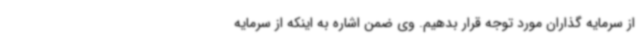
از سرمایه گذاران مورد توجه قرار بدهیم. وی ضمن اشاره به اینکه از سرمایه